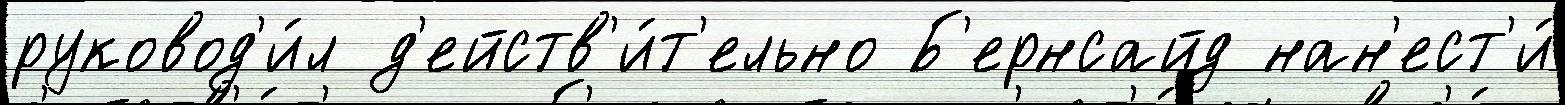
руковод'и́л д'ейств'и́т'ельно Б'ернсайд нан'ест'и́